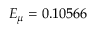
E _ { \mu } = 0 . 1 0 5 6 6